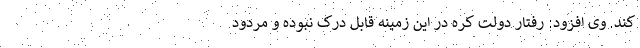
کند. وی افزود: رفتار دولت کره در این زمینه قابل درک نبوده و مردود